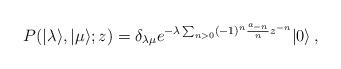
LaTeX: \begin{align*}P(|\lambda\rangle,|\mu\rangle;z)=\delta_{\lambda\mu}e^{-\lambda\sum_{n>0}(-1)^n{a_{-n}\over n}z^{-n}}|0\rangle\,,\end{align*}